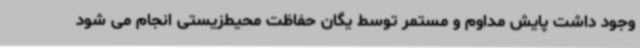
وجود داشت پایش مداوم و مستمر توسط یگان حفاظت محیط‌زیستی انجام می شود